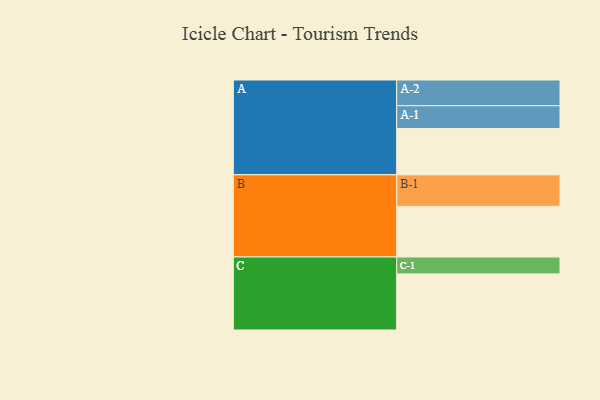
{"axis": {"x": "Segment", "y": "Value"}, "legend": ["", "A", "B", "C"], "data": [{"x": "A", "y": 410, "type": ""}, {"x": "B", "y": 449, "type": ""}, {"x": "C", "y": 497, "type": ""}, {"x": "A-1", "y": 202, "type": "A"}, {"x": "A-2", "y": 228, "type": "A"}, {"x": "B-1", "y": 279, "type": "B"}, {"x": "C-1", "y": 150, "type": "C"}]}